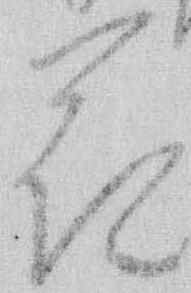
花